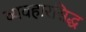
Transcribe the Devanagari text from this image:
व्यवहारसिद्ध